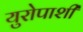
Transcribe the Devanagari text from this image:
युरोपाशी